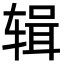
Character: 辑